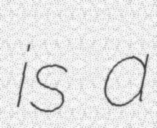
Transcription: is a